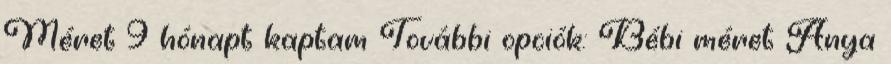
Méret 9 hónapt kaptam További opciók: Bébi méret Anya